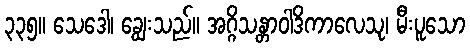
၃၃၅။ သေဒေါ၊ ချွေးသည်။ အဂ္ဂိသန္တာဝါဒိကာလေသု၊ မီးပူသော